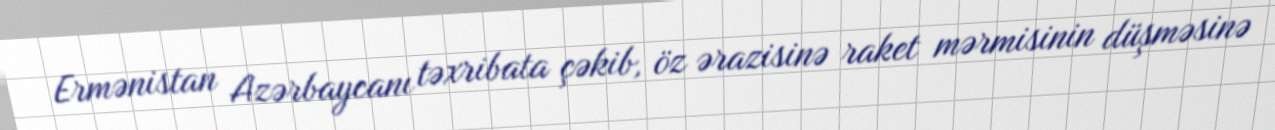
Ermənistan Azərbaycanı təxribata çəkib, öz ərazisinə raket mərmisinin düşməsinə